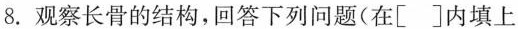
8.观察长骨的结构，回答下列问题(在[ ]内填上